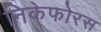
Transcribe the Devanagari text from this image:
निकेफोरस